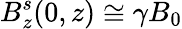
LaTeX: B_{z}^{s}(0,z)\cong\gamma B_{0}